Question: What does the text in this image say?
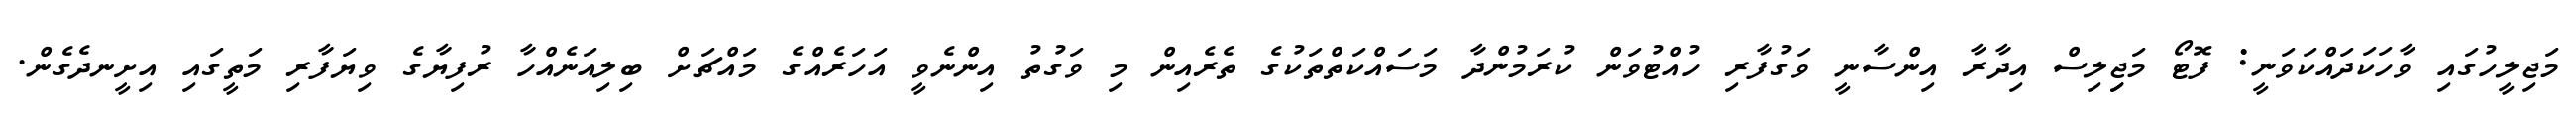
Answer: މަޖިލީހުގައި ވާހަކަދައްކަވަނީ: ފޮޓޯ މަޖިިލިސް އިދާރާ އިންސާނީ ވަގުފާރި ހުއްޓުވަން ކުރަމުންދާ މަސައްކަތްތަކުގެ ތެރެއިން މި ވަގުތު އިންނެވީ އަހަރެއްގެ މައްޗަށް ބިލިއަނެއްހާ ރުފިޔާގެ ވިޔަފާރި މަތީގައި އިށީނދެގެން.